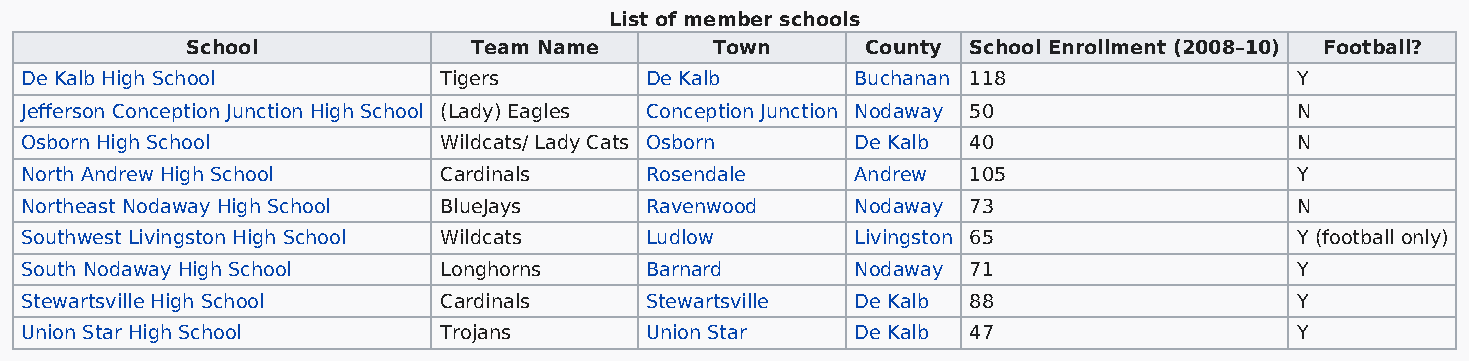
List of member schools
 School             Team Name       Town      County School Enrollment (2008–10) Football?
 De Kalb High School         Tigers        De Kalb       Buchanan 118                 Y
 Jefferson Conception Junction High School (Lady) Eagles Conception Junction Nodaway 50 N
 Osborn High School          Wildcats/ Lady Cats Osborn  De Kalb 40                   N
 North Andrew High School    Cardinals     Rosendale     Andrew 105                   Y
 Northeast Nodaway High School BlueJays    Ravenwood     Nodaway 73                   N
 Southwest Livingston High School Wildcats Ludlow        Livingston 65                Y (football only)
 South Nodaway High School   Longhorns     Barnard       Nodaway 71                   Y
 Stewartsville High School   Cardinals     Stewartsville De Kalb 88                   Y
 Union Star High School      Trojans       Union Star    De Kalb 47                   Y